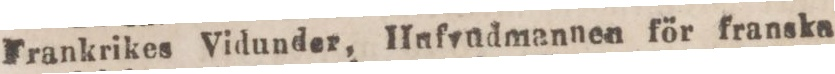
Frankrikes Vidunder, Hufvudmannen för franska